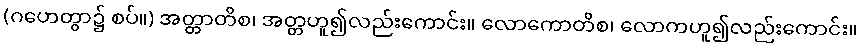
(ဂဟေတွာ၌ စပ်။) အတ္တာတိစ၊ အတ္တဟူ၍လည်းကောင်း။ လောကောတိစ၊ လောကဟူ၍လည်းကောင်း။